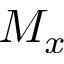
M _ { x }